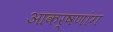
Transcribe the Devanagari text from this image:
आकर्षणांग